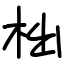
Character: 柮